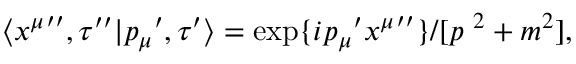
\langle { x ^ { \mu } } ^ { \prime \prime } , \tau ^ { \prime \prime } | { p _ { \mu } } ^ { \prime } , \tau ^ { \prime } \rangle = \exp \{ { i p _ { \mu } } ^ { \prime } { x ^ { \mu } } ^ { \prime \prime } \} / [ p ^ { \ 2 } + m ^ { 2 } ] ,